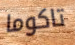
تاكوما